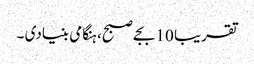
تقریبا 10 بجے صبح، ہنگامی بنیادی ۔